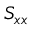
S _ { x x }